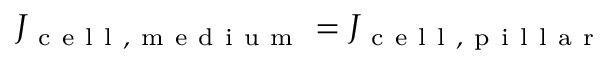
J _ { \mathrm { ~ c ~ e ~ l ~ l ~ , ~ m ~ e ~ d ~ i ~ u ~ m ~ } } = J _ { \mathrm { ~ c ~ e ~ l ~ l ~ , ~ p ~ i ~ l ~ l ~ a ~ r ~ } }